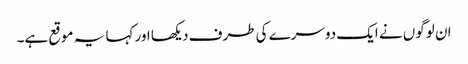
ان لوگوں نے ایک دوسرے کی طرف دیکھا اور کہا یہ موقع ہے۔